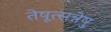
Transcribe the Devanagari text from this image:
तेषूत्सन्नेषु